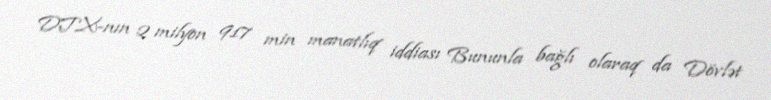
DTX-nın 2 milyon 917 min manatlıq iddiası Bununla bağlı olaraq da Dövlət